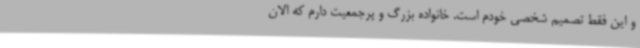
و این فقط تصمیم شخصی خودم است. خانواده بزرگ و پرجمعیت دارم که الان